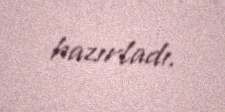
hazırladı.